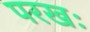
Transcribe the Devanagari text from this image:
परखः